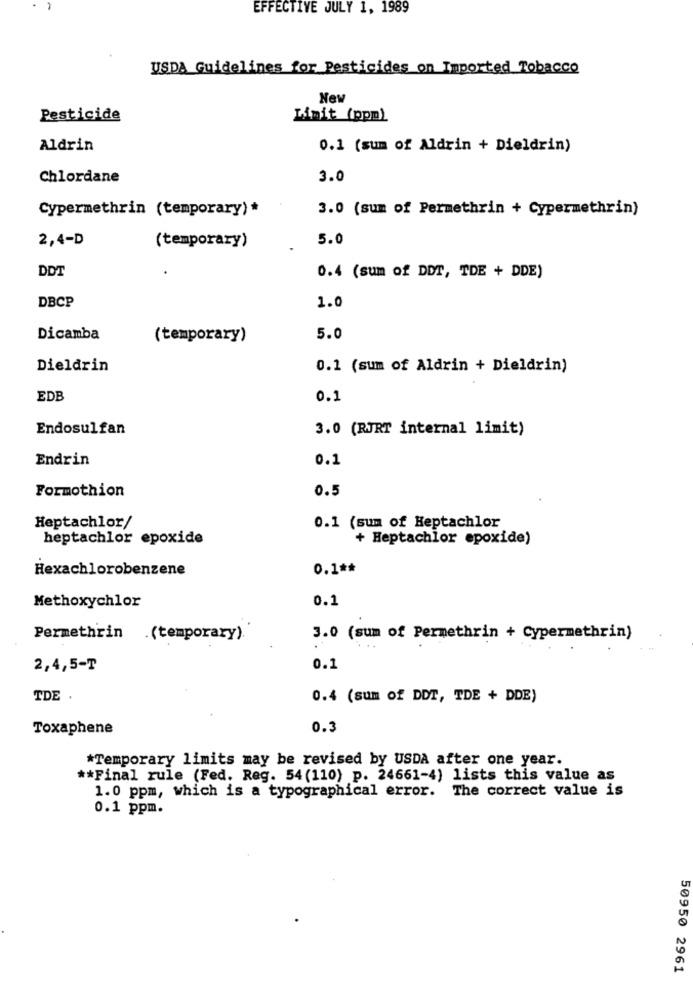
EFFECTIVE JULY 1, 1989
USDA Guidelines for Pesticides on Imported Tobacco
New
Pesticide
Limit (ppm)
Aldrin
0.1 (sum of Aldrin + Dieldrin)
Chlordane
3.0
Cypermethrin (temporary) *
3.0 (sum of Permethrin + Cypermethrin)
2,4-D
(temporary)
5.0
DDT
0.4 (sum of DDT, TDE + DDE)
DBCP
1.0
Dicamba
(temporary)
5.0
Dieldrin
0.1 (sum of Aldrin + Dieldrin)
EDB
0.1
Endosulfan
3.0 (RJRT internal limit)
Endrin
0.1
Formothion
0.5
Heptachlor/
0.1 (sum of Heptachlor
heptachlor epoxide
+ Heptachlor epoxide)
Hexachlorobenzene
0.1 **
0.1
Methoxychlor
Permethrin .(temporary).
3.0 (sum of Permethrin + Cypermethrin)
2,4,5-T
0.1
TDE .
0.4 (sum of DDT, TDE + DDE)
Toxaphene
0.3
*Temporary limits may be revised by USDA after one year.
** Final rule (Fed. Reg. 54(110) p. 24661-4) lists this value as
1.0 ppm, which is a typographical error. The correct value is
0.1 ppm.
50950 2961